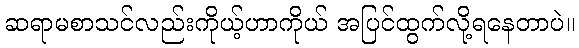
ဆရာမစာသင်လည်းကိုယ့်ဟာကိုယ် အပြင်ထွက်လို့ရနေတာပဲ။